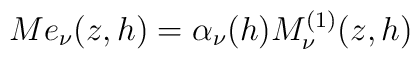
Me_{\nu}(z,h)=\alpha_{\nu}(h)M^{(1)}_{\nu}(z,h)